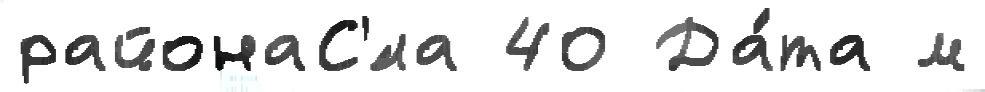
районаС'́ла 40 Да́та м